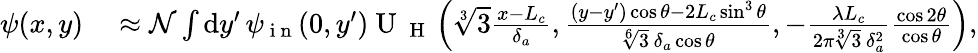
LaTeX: \begin{array}{rl}{\psi(x,y)}&{{}\approx\mathcal{N}\int\mathrm{d}y^{\prime}\, \psi_{\mathrm{~i~n~}}(0,y^{\prime})\mathrm{~U~}_{\mathrm{~H~}}\left(\sqrt[3]{3}\frac{x-L_{c}}{\delta_{a}},\frac{(y-y^{\prime})\cos\theta-2L_{c}\sin^{3}\theta}{\sqrt[6]{3}\, \delta_{a}\cos\theta},-\frac{\lambda L_{c}}{2\pi\sqrt[3]{3}\, \delta_{a}^{2}}\frac{\cos 2\theta}{\cos\theta}\right),}\end{array}